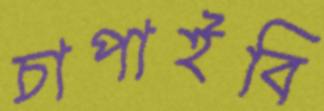
চাপাইবি